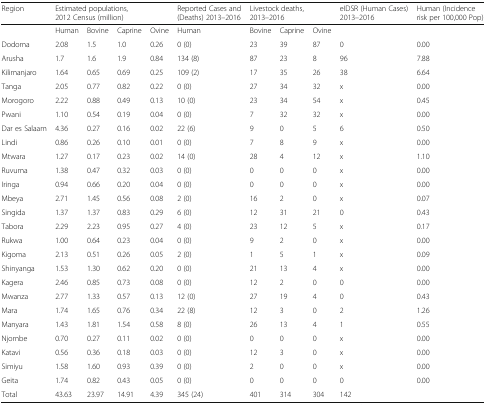
<table><thead><tr><td><b>Region</b></td><td colspan="4"><b>Estimated populations, 2012 Census (million)</b></td><td><b>Reported Cases and (Deaths) 2013–2016</b></td><td colspan="3"><b>Livestock deaths, 2013–2016</b></td><td><b>eIDSR (Human Cases) 2013–2016</b></td><td><b>Human (Incidence risk per 100,000 Pop)</b></td></tr></thead><tbody><tr><td></td><td>Human</td><td>Bovine</td><td>Caprine</td><td>Ovine</td><td>Human</td><td>Bovine</td><td>Caprine</td><td>Ovine</td><td></td><td></td></tr><tr><td>Dodoma</td><td>2.08</td><td>1.5</td><td>1.0</td><td>0.26</td><td>0 (0)</td><td>23</td><td>39</td><td>87</td><td>0</td><td>0.00</td></tr><tr><td>Arusha</td><td>1.7</td><td>1.6</td><td>1.9</td><td>0.84</td><td>134 (8)</td><td>87</td><td>23</td><td>8</td><td>96</td><td>7.88</td></tr><tr><td>Kilimanjaro</td><td>1.64</td><td>0.65</td><td>0.69</td><td>0.25</td><td>109 (2)</td><td>17</td><td>35</td><td>26</td><td>38</td><td>6.64</td></tr><tr><td>Tanga</td><td>2.05</td><td>0.77</td><td>0.82</td><td>0.22</td><td>0 (0)</td><td>27</td><td>34</td><td>32</td><td>x</td><td>0.00</td></tr><tr><td>Morogoro</td><td>2.22</td><td>0.88</td><td>0.49</td><td>0.13</td><td>10 (0)</td><td>23</td><td>34</td><td>54</td><td>x</td><td>0.45</td></tr><tr><td>Pwani</td><td>1.10</td><td>0.54</td><td>0.19</td><td>0.04</td><td>0 (0)</td><td>7</td><td>32</td><td>32</td><td>x</td><td>0.00</td></tr><tr><td>Dar es Salaam</td><td>4.36</td><td>0.27</td><td>0.16</td><td>0.02</td><td>22 (6)</td><td>9</td><td>0</td><td>5</td><td>6</td><td>0.50</td></tr><tr><td>Lindi</td><td>0.86</td><td>0.26</td><td>0.10</td><td>0.01</td><td>0 (0)</td><td>7</td><td>8</td><td>9</td><td>x</td><td>0.00</td></tr><tr><td>Mtwara</td><td>1.27</td><td>0.17</td><td>0.23</td><td>0.02</td><td>14 (0)</td><td>28</td><td>4</td><td>12</td><td>x</td><td>1.10</td></tr><tr><td>Ruvuma</td><td>1.38</td><td>0.47</td><td>0.32</td><td>0.03</td><td>0 (0)</td><td>0</td><td>0</td><td>0</td><td>x</td><td>0.00</td></tr><tr><td>Iringa</td><td>0.94</td><td>0.66</td><td>0.20</td><td>0.04</td><td>0 (0)</td><td>0</td><td>0</td><td>0</td><td>x</td><td>0.00</td></tr><tr><td>Mbeya</td><td>2.71</td><td>1.45</td><td>0.56</td><td>0.08</td><td>2 (0)</td><td>16</td><td>2</td><td>0</td><td>x</td><td>0.07</td></tr><tr><td>Singida</td><td>1.37</td><td>1.37</td><td>0.83</td><td>0.29</td><td>6 (0)</td><td>12</td><td>31</td><td>21</td><td>0</td><td>0.43</td></tr><tr><td>Tabora</td><td>2.29</td><td>2.23</td><td>0.95</td><td>0.27</td><td>4 (0)</td><td>23</td><td>12</td><td>5</td><td>x</td><td>0.17</td></tr><tr><td>Rukwa</td><td>1.00</td><td>0.64</td><td>0.23</td><td>0.04</td><td>0 (0)</td><td>9</td><td>2</td><td>0</td><td>x</td><td>0.00</td></tr><tr><td>Kigoma</td><td>2.13</td><td>0.51</td><td>0.26</td><td>0.05</td><td>2 (0)</td><td>1</td><td>5</td><td>1</td><td>x</td><td>0.09</td></tr><tr><td>Shinyanga</td><td>1.53</td><td>1.30</td><td>0.62</td><td>0.20</td><td>0 (0)</td><td>21</td><td>13</td><td>4</td><td>x</td><td>0.00</td></tr><tr><td>Kagera</td><td>2.46</td><td>0.85</td><td>0.73</td><td>0.08</td><td>0 (0)</td><td>12</td><td>2</td><td>0</td><td>0</td><td>0.00</td></tr><tr><td>Mwanza</td><td>2.77</td><td>1.33</td><td>0.57</td><td>0.13</td><td>12 (0)</td><td>27</td><td>19</td><td>4</td><td>0</td><td>0.43</td></tr><tr><td>Mara</td><td>1.74</td><td>1.65</td><td>0.76</td><td>0.34</td><td>22 (8)</td><td>12</td><td>3</td><td>0</td><td>2</td><td>1.26</td></tr><tr><td>Manyara</td><td>1.43</td><td>1.81</td><td>1.54</td><td>0.58</td><td>8 (0)</td><td>26</td><td>13</td><td>4</td><td>1</td><td>0.55</td></tr><tr><td>Njombe</td><td>0.70</td><td>0.27</td><td>0.11</td><td>0.02</td><td>0 (0)</td><td>0</td><td>0</td><td>0</td><td>x</td><td>0.00</td></tr><tr><td>Katavi</td><td>0.56</td><td>0.36</td><td>0.18</td><td>0.03</td><td>0 (0)</td><td>12</td><td>3</td><td>0</td><td>x</td><td>0.00</td></tr><tr><td>Simiyu</td><td>1.58</td><td>1.60</td><td>0.93</td><td>0.39</td><td>0 (0)</td><td>2</td><td>0</td><td>0</td><td>x</td><td>0.00</td></tr><tr><td>Geita</td><td>1.74</td><td>0.82</td><td>0.43</td><td>0.05</td><td>0 (0)</td><td>0</td><td>0</td><td>0</td><td>0</td><td>0.00</td></tr><tr><td>Total</td><td>43.63</td><td>23.97</td><td>14.91</td><td>4.39</td><td>345 (24)</td><td>401</td><td>314</td><td>304</td><td>142</td><td></td></tr></tbody></table>